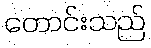
တောင်းသည်